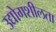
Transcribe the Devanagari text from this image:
उद्योगशीलता